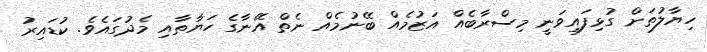
ހިޔާލުތަށް ގުޅިފައިވަނީ މިސްރާބެއް އަޒުމެއް ބޭނުމެއް ނެތް އޭނާގެ ހަޔާތާއި މެދުގައެވެ. ކުޑައިރު